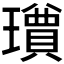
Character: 𱯸